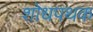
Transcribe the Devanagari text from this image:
शोधपथक